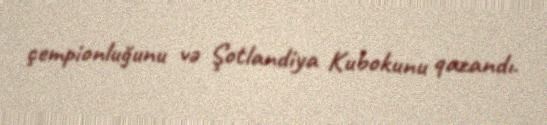
çempionluğunu və Şotlandiya Kubokunu qazandı.